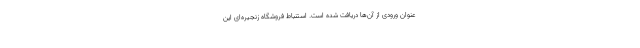
عنوان ورودی از آن‌ها دریافت شده است. استنباط فروشگاه زنجیره‌ای این